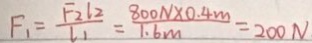
F _ { 1 } = \frac { F _ { 2 } l _ { 2 } } { l _ { 1 } } = \frac { 8 0 0 N \times 0 . 4 m } { 1 . 6 m } = 2 0 0 N